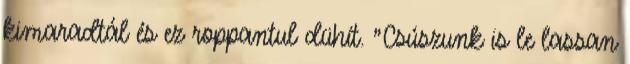
kimaradtál és ez roppantul dühít. "Csúszunk is le lassan